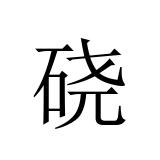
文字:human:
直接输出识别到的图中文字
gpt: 硗